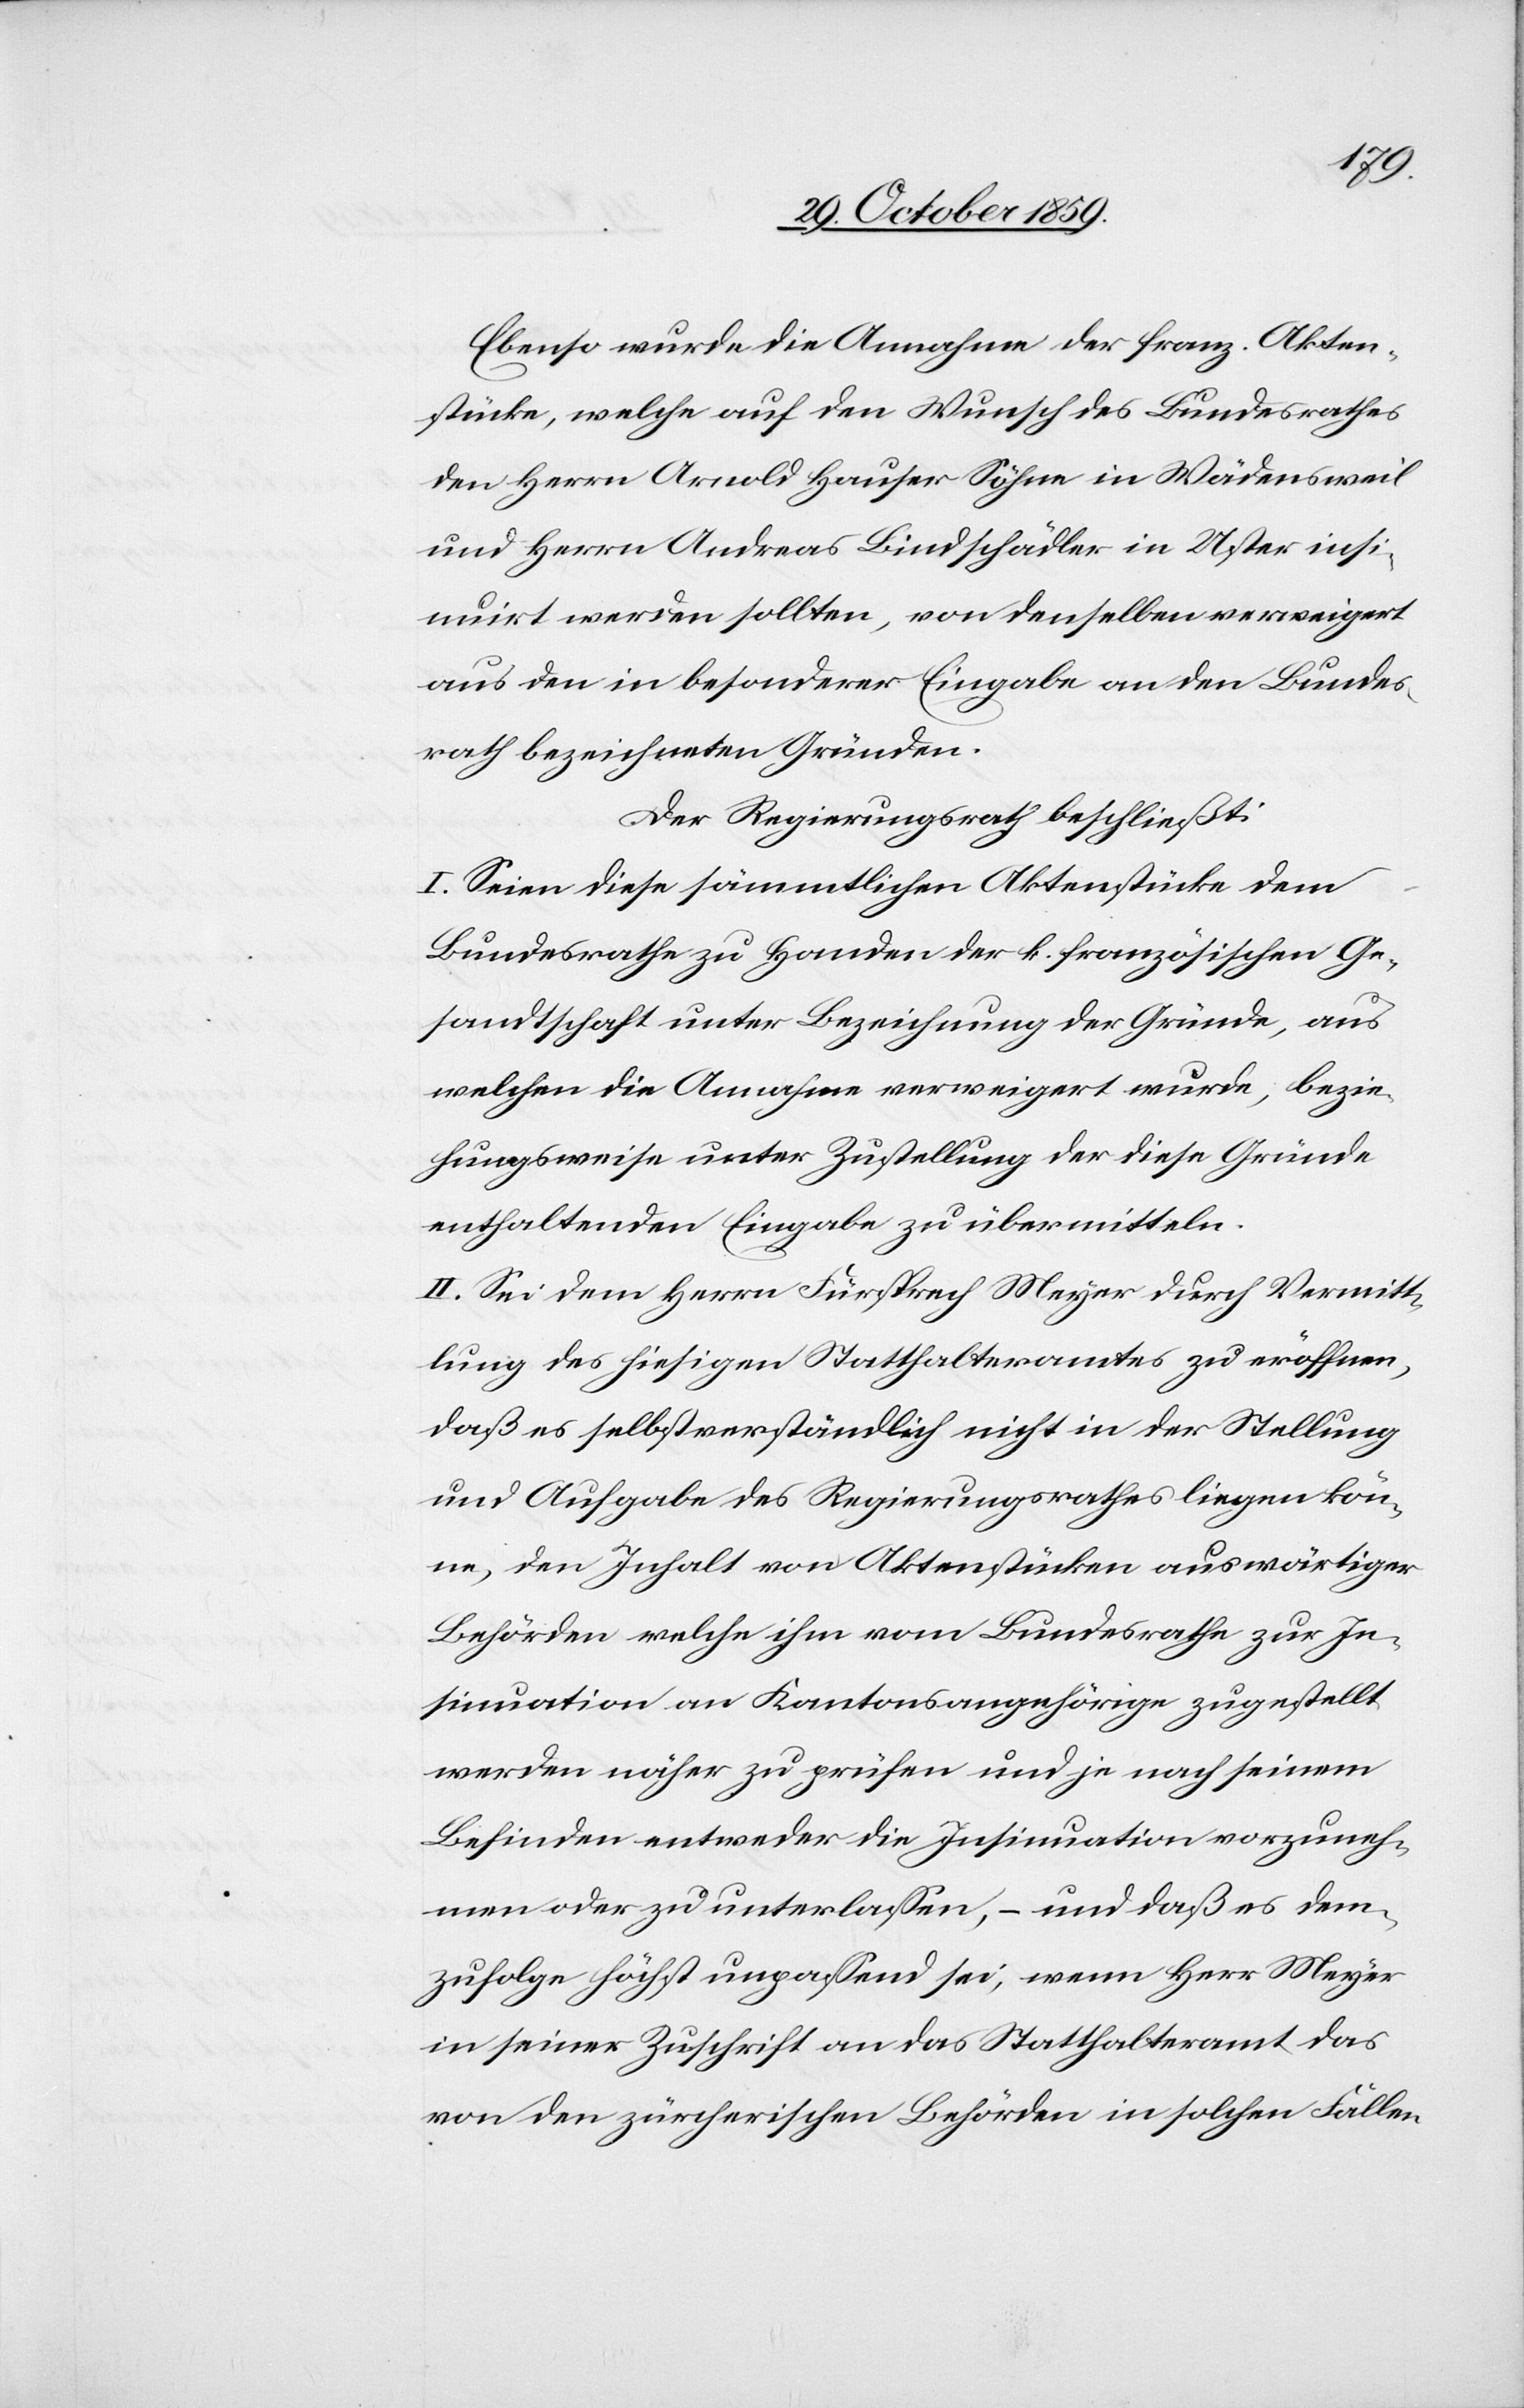
Ebenso wurde die Annahme der franz. Akten¬
stücke, welche auf den Wunsch des Bundesrathes
den Herrn Arnold Hauser Söhnen in Wädensweil
und Herrn Andreas Bindschädler in Uster insi¬
nurit werden sollten, von denselben verweigert
aus den in besonderer Eingabe an den Bundes¬
rath bezeichneten Gründen.
Der Regierungsrath beschließt:
I. Seien diese sämmtlichen Aktenstücke dem
Bundesrath zu Handen der k. französischen Ge¬
sandtschaft unter Bezeichnung der Gründe, aus
welchen die Annahme verweigert wurde, bezie¬
hungsweise unter Zustellung der diese Gründe
enthaltenden Eingabe zu übermitteln.
II. Sei dem Herrn Fürsprech Meyer durch Vermitt¬
lung des hiesigen Statthalteramtes zu eröffnen,
daß es selbstverständlich nicht in der Stellung
und Aufgabe des Regierungsrathes liegen kön¬
ne, den Inhalt von Aktenstücken auswärtiger
Behörden welche ihm vom Bundesrath zur In¬
sinuation an Kantonsangehörige zugestellt
werden näher zu prüfen und je nach seinem
Befinden entweder die Insinuation vorzuneh¬
men oder zu unterlassen, – und daß es dem¬
zufolge höchst unpassend sei, wenn Herr Meyer
in seiner Zuschrift an das Statthalteramt das
von den zürcherischen Behörden in solchen Fällen